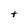
Character: t